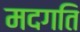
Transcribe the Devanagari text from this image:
मदगति